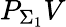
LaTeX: P_{\Sigma_{1}}V